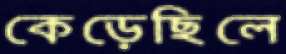
কেড়েছিলে